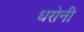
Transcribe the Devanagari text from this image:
धरोनी